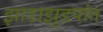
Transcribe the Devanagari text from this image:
झाडाझुडपांत